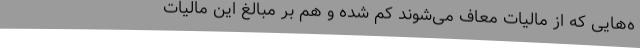
ه‌هایی که از مالیات معاف می‌شوند کم شده و هم بر مبالغ این مالیات